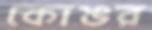
কোঙর